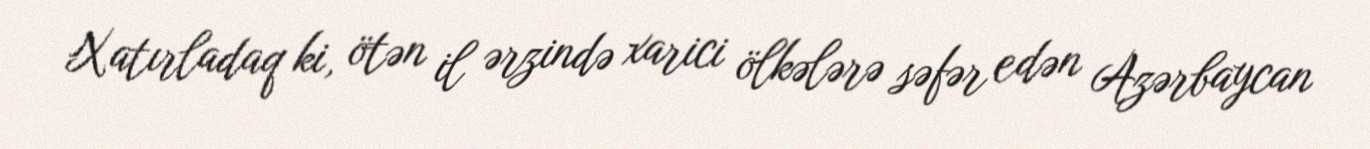
Xatırladaq ki, ötən il ərzində xarici ölkələrə səfər edən Azərbaycan